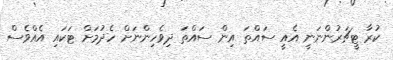
ކުރާ ޓީޗަރުންނަނީ އެއީ ސައްތަ އިން ސައްތަ ދިވެހިންނަށް ހެދުމަށް ޓަކައި އެއްވެސް